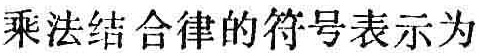
乘法结合律的符号表示为